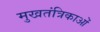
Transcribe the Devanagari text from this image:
मुखतंत्रिकाओं